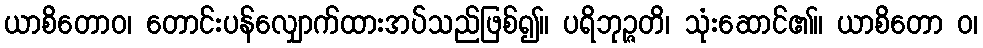
ယာစိတောဝ၊ တောင်းပန်လျှောက်ထားအပ်သည်ဖြစ်၍။ ပရိဘုဉ္ဇတိ၊ သုံးဆောင်၏။ ယာစိတော ဝ၊